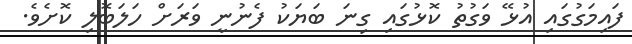
ފައިމަގުގައި އުޅޭ ވަގުތު ކޮޅުގައި ގިނަ ބަޔަކު ފެނުނީ ވަރަށް ހަލަބޮލި ކޮށެވެ.